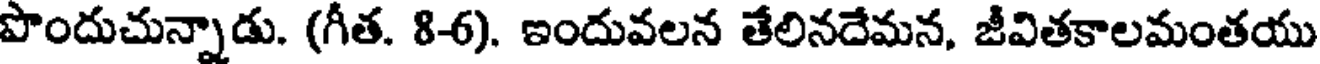
పొందుచున్నాడు. (గీత. 8-6). ఇందువలన తేలినదేమన, జీవితకాలమంతయు